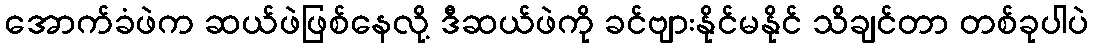
အောက်ခံဖဲက ဆယ်ဖဲဖြစ်နေလို့ ဒီဆယ်ဖဲကို ခင်ဗျားနိုင်မနိုင် သိချင်တာ တစ်ခုပါပဲ